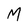
Character: M